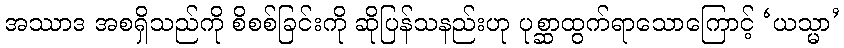
အဿာဒ အစရှိသည်ကို စိစစ်ခြင်းကို ဆိုပြန်သနည်းဟု ပုစ္ဆာထွက်ရာသောကြောင့် ‘ယသ္မာ’